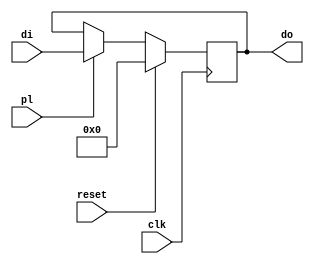
module RN (clk, reset, pl, di, do);
	input clk, reset, pl;
	input [15:0] di;
	output reg [15:0] do;

	always @(posedge clk)
		if(reset)
			do <= 16'b0;
		else
			if(pl)
				do <= di;
endmodule